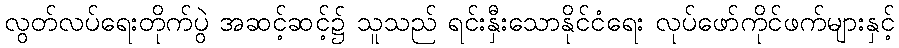
လွတ်လပ်ရေးတိုက်ပွဲ အဆင့်ဆင့်၌ သူသည် ရင်းနှီးသောနိုင်ငံရေး လုပ်ဖော်ကိုင်ဖက်များနှင့်